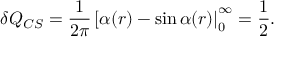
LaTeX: \delta Q _ { C S } = \frac { 1 } { 2 \pi } \left[ \alpha ( r ) - \sin \alpha ( r ) \right| _ { 0 } ^ { \infty } = \frac { 1 } { 2 } .